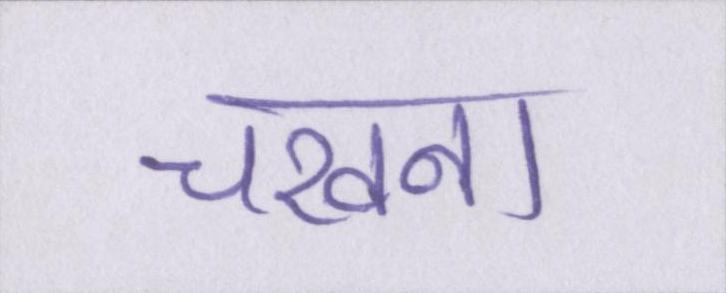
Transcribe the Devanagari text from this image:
चखना